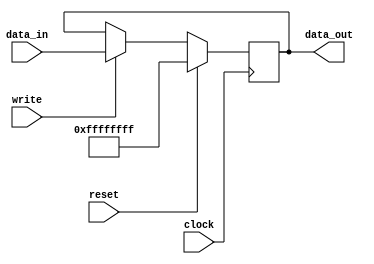
//A single register

module PC_register(
	input wire [31:0] data_in,
    output reg [31:0] data_out,
	input wire reset,
	input wire write,
	input wire clock);

	initial data_out <= -1;
	
    always @(posedge clock) begin
        if (reset == 1'b1) begin //clears register
            data_out <= -1;
        end else if (write == 1'b1) begin
            data_out <= data_in;
        end else begin
            data_out <= data_out;
        end
    end

endmodule